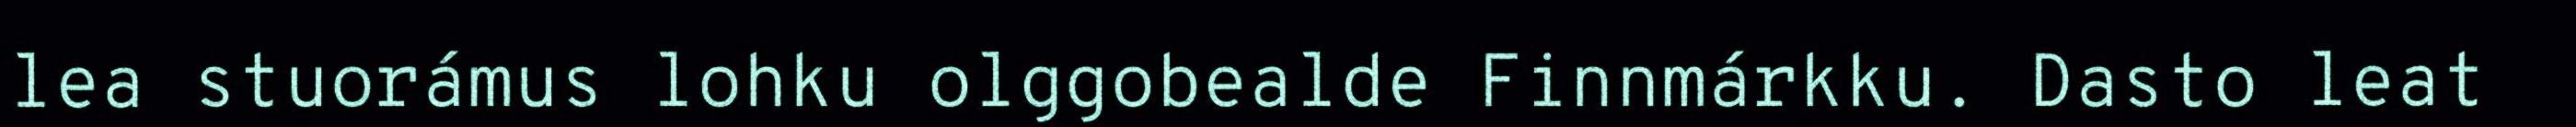
lea stuorámus lohku olggobealde Finnmárkku. Dasto leat